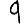
Digit: 9